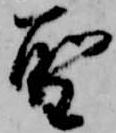
聖